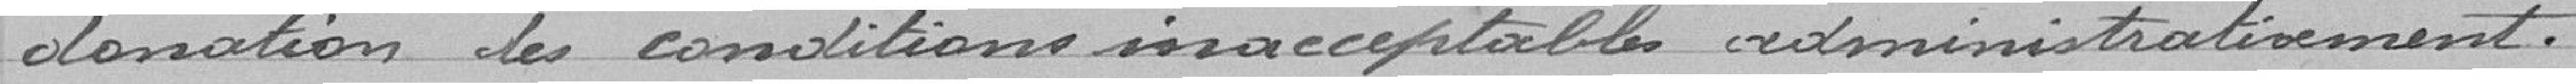
donation des conditions inacceptables administrativement.